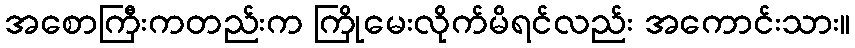
အစောကြီးကတည်းက ကြိုမေးလိုက်မိရင်လည်း အကောင်းသား။